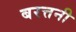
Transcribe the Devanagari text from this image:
बरत्तनी